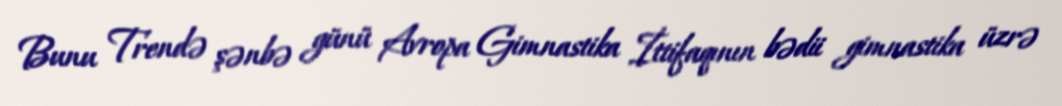
Bunu Trendə şənbə günü Avropa Gimnastika İttifaqının bədii gimnastika üzrə